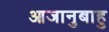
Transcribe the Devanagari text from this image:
आजानुबाहु